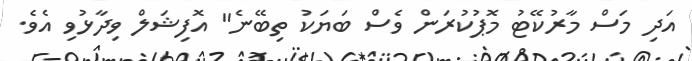
އަދި މަސް މާރުކޭޓު މޮޕުކުރަން ވެސް ބަޔަކު ތިބޭނެ" އޮފިޝަލް ވިދާޅުވި އެވެ.